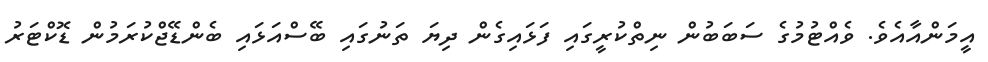
އީމަންއާއެވެ. ވެއްޓުމުގެ ސަބަބުން ނިތްކުރީގައި ފަޅައިގެން ދިޔަ ތަނުގައި ބޭސްއަޅައި ބެންޑޭޖްކުރަމުން ޑޮކްޓަރު